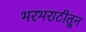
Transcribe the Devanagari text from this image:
भरभराटीतून